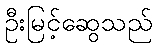
ဦးမြင့်ဆွေသည်